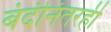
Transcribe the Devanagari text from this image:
बंदीनंतरही